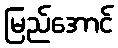
မြည်အောင်